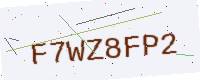
Text: F7WZ8FP2